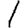
Digit: 1